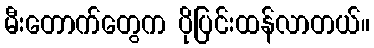
မီးတောက်တွေက ပိုပြင်းထန်လာတယ်။